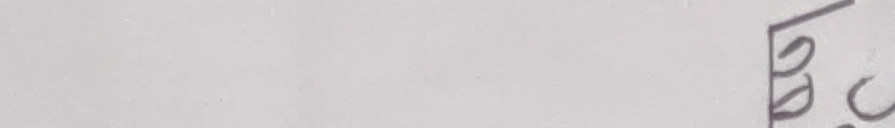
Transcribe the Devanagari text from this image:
ठूलो